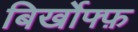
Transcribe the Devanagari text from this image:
बिर्खोफ्फ़